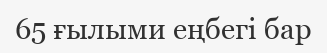
65 ғылыми еңбегі бар